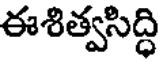
ఈశిత్వసిద్ధి